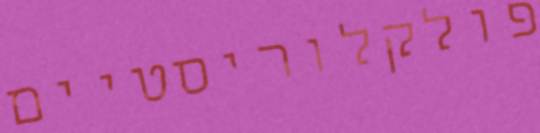
פולקלוריסטיים